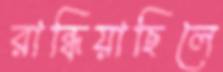
রান্ধিয়াছিলে